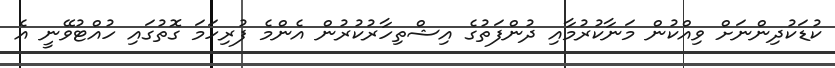
ކުޑަކުދިންނަށް ވިއްކުން މަނާކުރުމާއި ދުންފަތުގެ އިޝްތިހާރުކުރުން އެންމެ ފުރިހަމަ ގޮތުގައި ހުއްޓުވޭނީ އެ